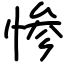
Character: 惨